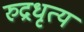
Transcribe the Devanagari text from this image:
रुद्रधृत्य